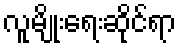
လူမျိုးရေးဆိုင်ရာ